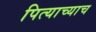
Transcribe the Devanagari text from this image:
पित्याच्याच